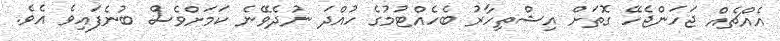
އެއްޗެއް ޖަހަންޖެހޭ ގޮތަށް އިޝްތިހާރު ބެހެއްޓުމުގެ ހުއްދަ ނުދެވޭނެ ކަމަށްވެސް ބުނެފައިވެ އެވެ.